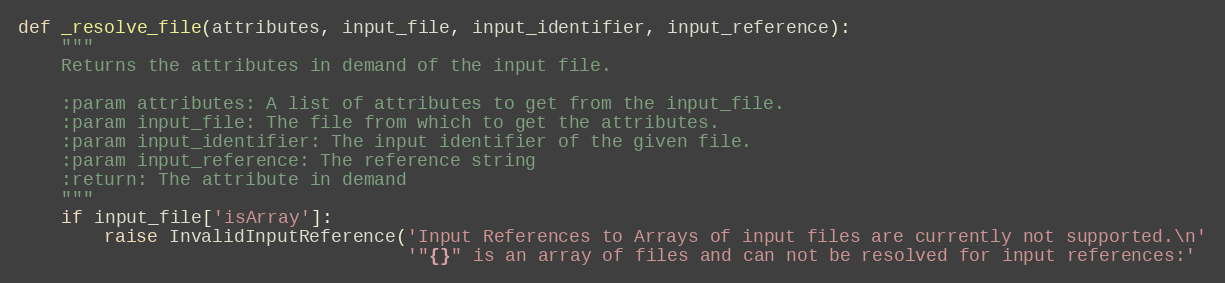
Language: Python
def _resolve_file(attributes, input_file, input_identifier, input_reference):
    """
    Returns the attributes in demand of the input file.

    :param attributes: A list of attributes to get from the input_file.
    :param input_file: The file from which to get the attributes.
    :param input_identifier: The input identifier of the given file.
    :param input_reference: The reference string
    :return: The attribute in demand
    """
    if input_file['isArray']:
        raise InvalidInputReference('Input References to Arrays of input files are currently not supported.\n'
                                    '"{}" is an array of files and can not be resolved for input references:'